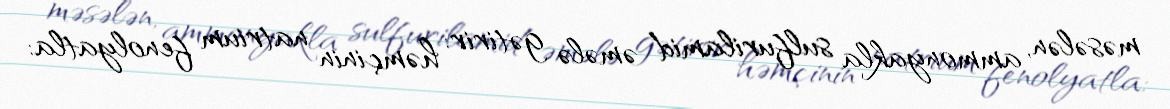
məsələn, ammonyakla sulfurilamid əmələ gətirir: həmçinin natrium fenolyatla: